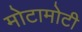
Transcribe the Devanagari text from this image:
मोटामोटी